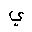
Letter: _ya